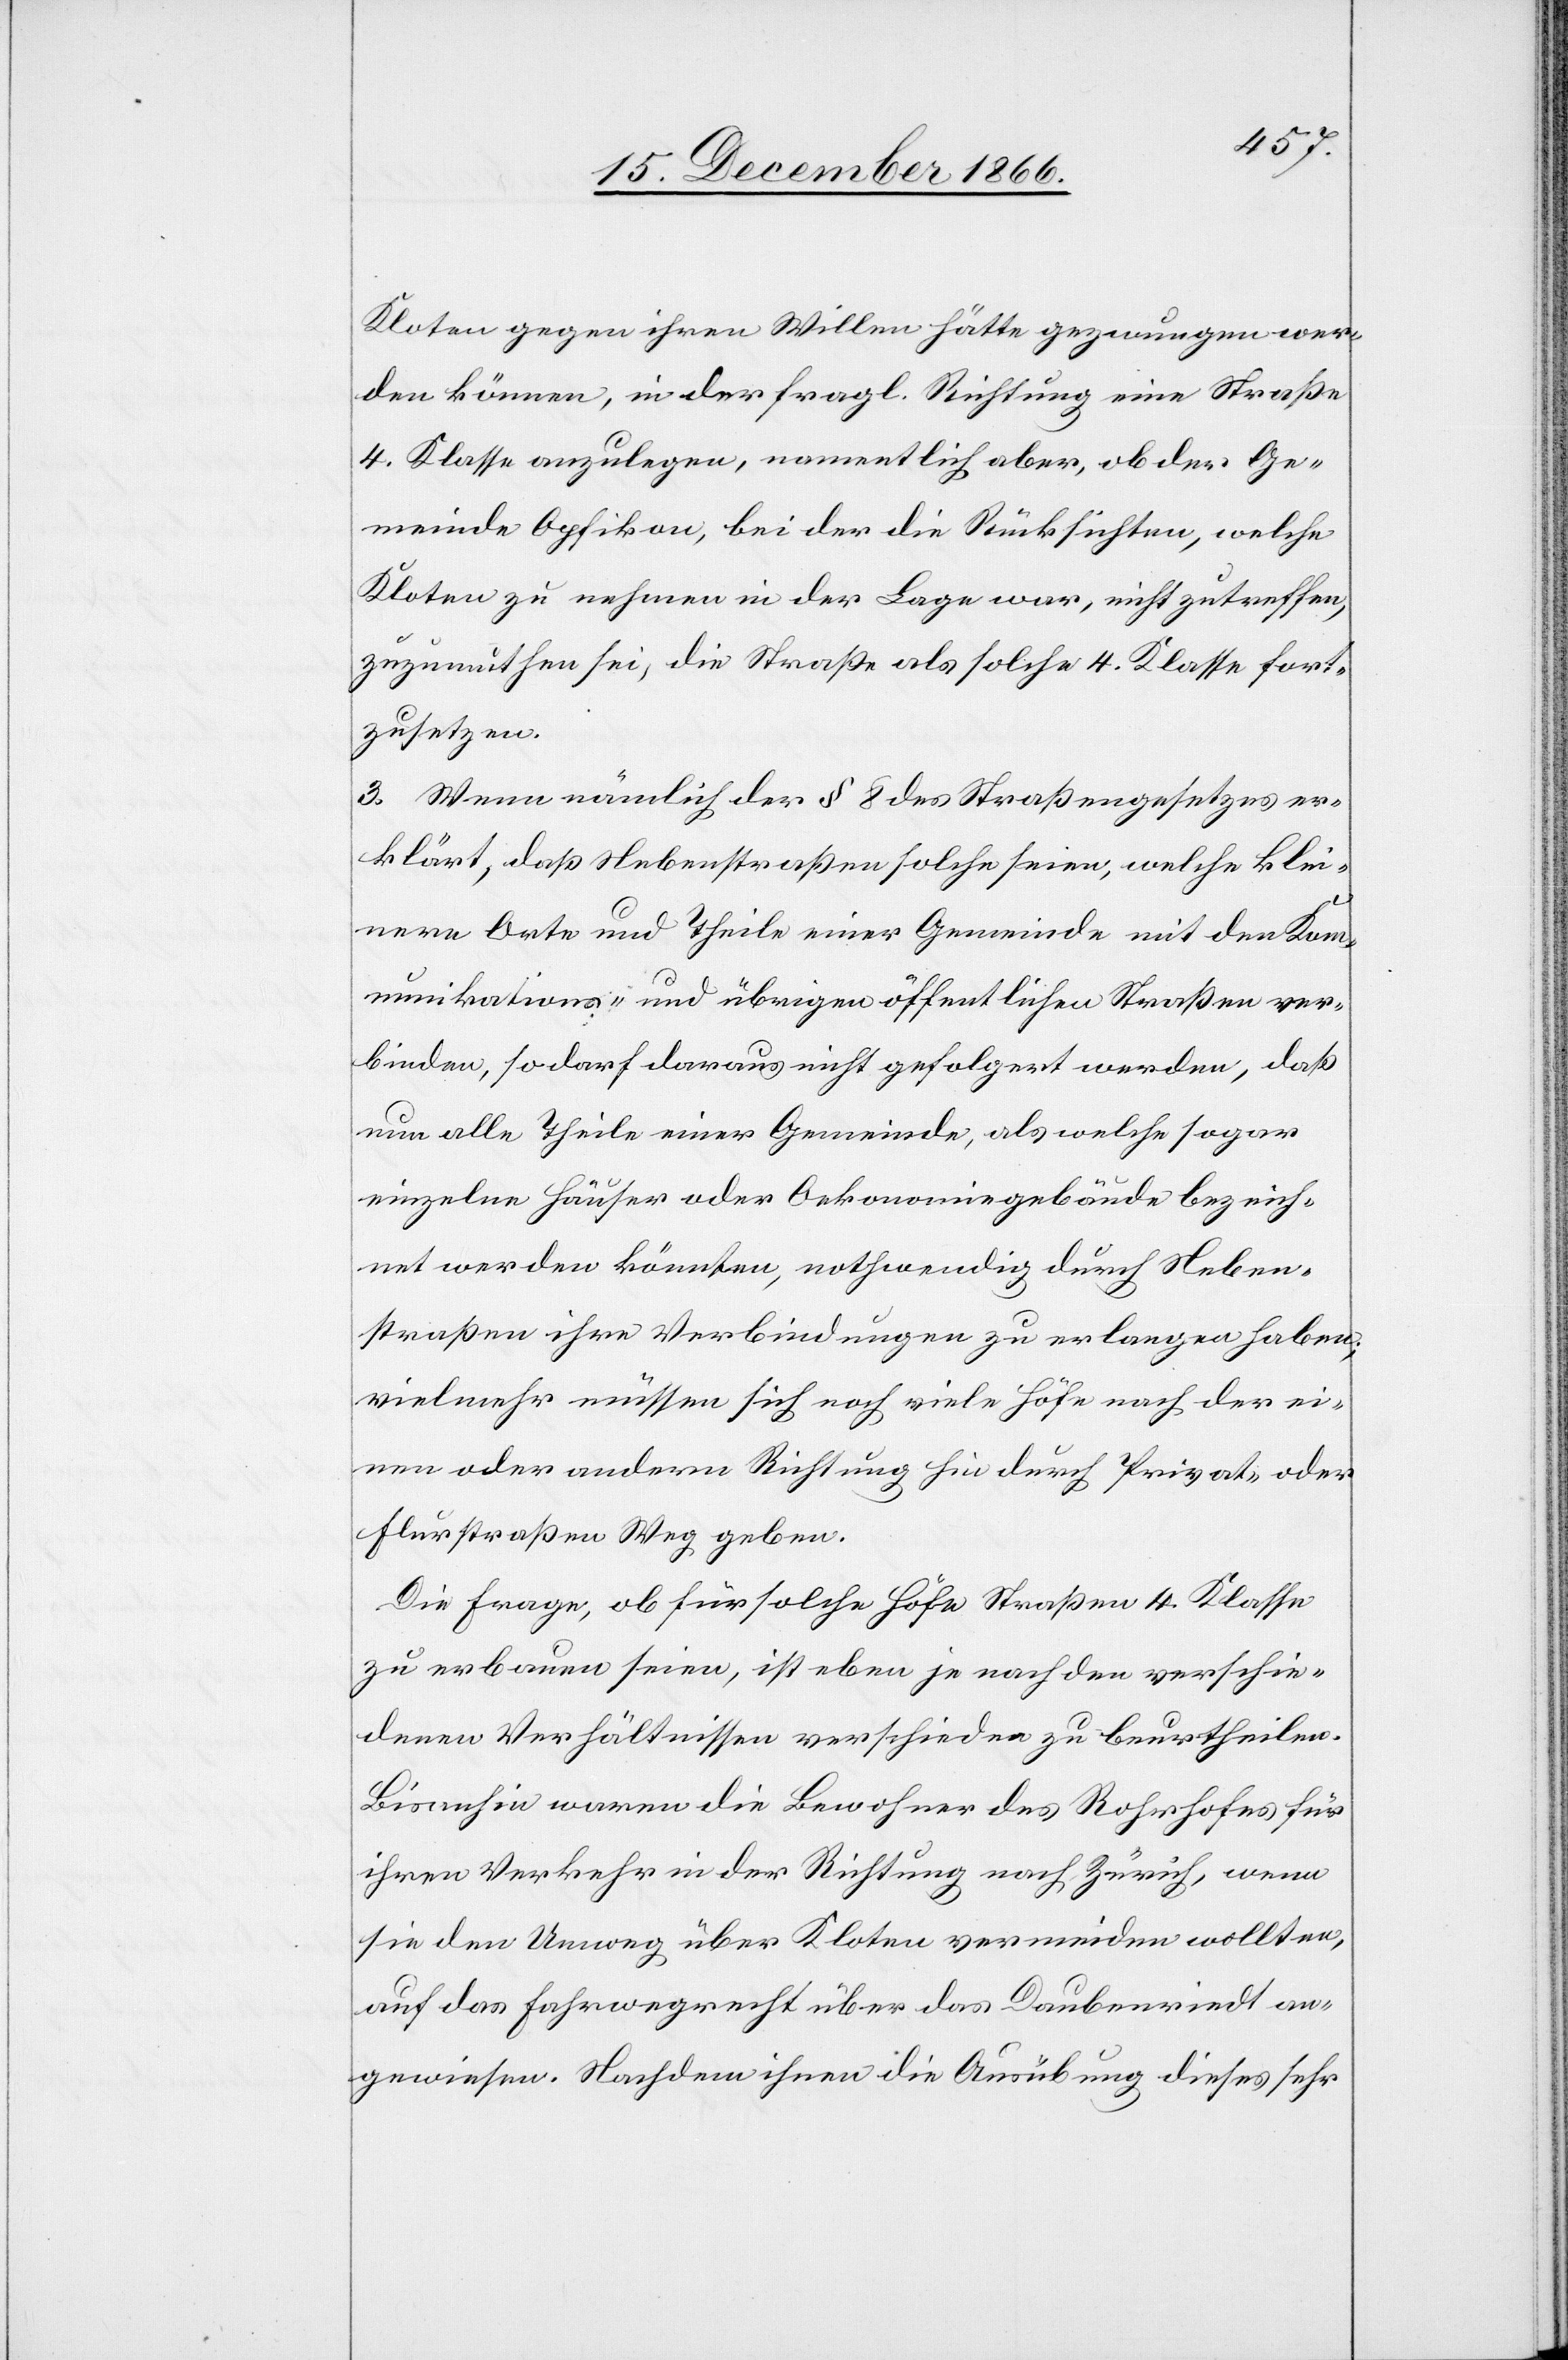
Kloten gegen ihren Willen hätte gezwungen wer¬
den können, in der fragl. Richtung eine Straße
4. Klasse anzulegen, namentlich aber, ob der Ge¬
meinde Opfikon, bei der die Rücksichten, welche
Kloten zu nehmen in der Lage war, nicht zutreffen,
zuzumuthen sei, die Straße als solche 4. Klasse fort¬
zusetzen.
3. Wenn nämlich der § 8 des Straßengesetzes er¬
klärt, daß Nebenstraßen solche seien, welche klei¬
nere Orte und Theile einer Gemeinde mit den Kom¬
munikations- und übrigen öffentlichen Straßen ver¬
binden, so darf daraus nicht gefolgert werden, daß
nun alle Theile einer Gemeinde, als welche sogar
einzelne Häuser oder Oekonomiegebäude bezeich¬
net werden könnten, nothwendig durch Neben¬
straßen ihre Verbindungen zu erlangen haben;
vielmehr müssen sich noch viele Höfe nach der ei¬
nen oder andern Richtung hin durch Privat- oder
Flurstraßen Weg geben.
Die Frage, ob für solche Höfe Straßen 4. Klasse
zu erbauen seien, ist eben je nach den verschie¬
denen Verhältnissen verschieden zu beurtheilen.
Bisanhin waren die Bewohner des Rohrhofes für
ihren Verkehr in der Richtung nach Zürich, wenn
sie den Umweg über Kloten vermeiden wollten,
auf das Fahrwegrecht über das Daubenriedt an¬
gewiesen. Nachdem ihnen die Ausübung dieses sehr